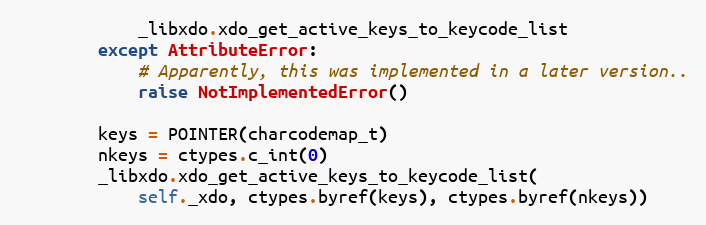
Language: Python
            _libxdo.xdo_get_active_keys_to_keycode_list
        except AttributeError:
            # Apparently, this was implemented in a later version..
            raise NotImplementedError()

        keys = POINTER(charcodemap_t)
        nkeys = ctypes.c_int(0)
        _libxdo.xdo_get_active_keys_to_keycode_list(
            self._xdo, ctypes.byref(keys), ctypes.byref(nkeys))